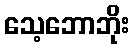
သေ့ဘောဘိုး